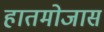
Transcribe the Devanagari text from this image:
हातमोजास